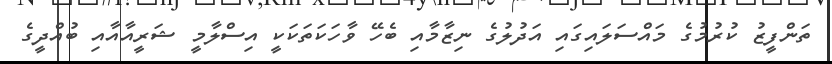
ތަންފީޒު ކުރުމުގެ މައްސަލައިގައި އަދުލުގެ ނިޒާމާއި ބެހޭ ވާހަކަތަކަކީ އިސްލާމީ ޝަރީއާއާއި ބުއްދީގެ